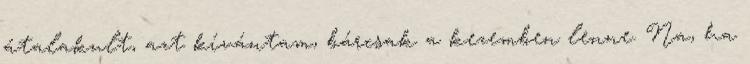
átalakult, azt kívántam, bárcsak a kezemben lenne. Na, ha